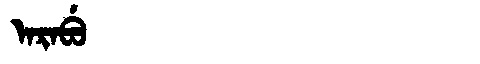
Manchu: ᠠᡵᠠᠪᡠ
Romanization: ARABU